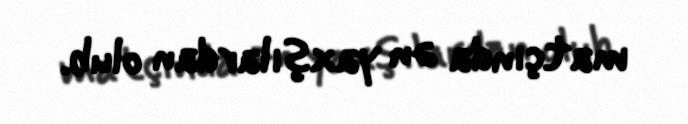
matçında ən yaxşılardan olub.